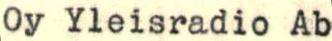
Oy Yleisradio Ab